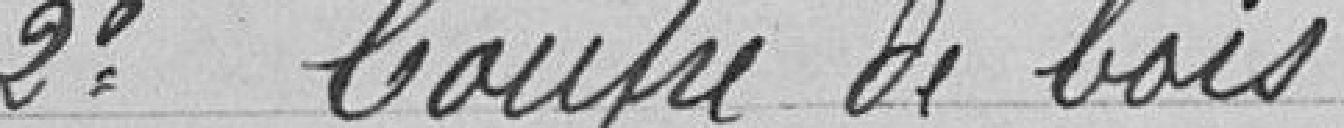
2° Coupe de bois